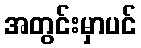
အတွင်းမှာပင်